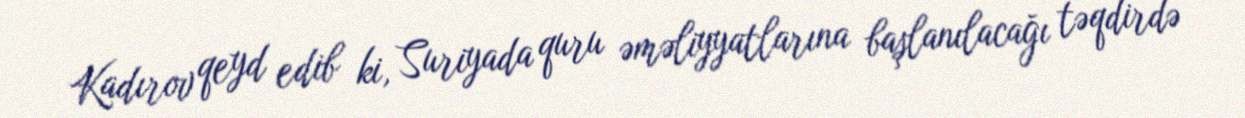
Kadırov qeyd edib ki, Suriyada quru əməliyyatlarına başlanılacağı təqdirdə